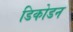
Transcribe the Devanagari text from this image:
डिकोडन